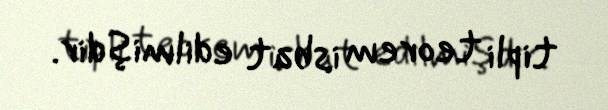
tipli teorem isbat edilmişdir.